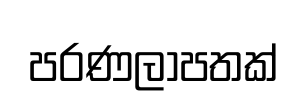
පරණලාපතක්